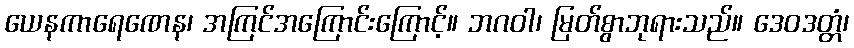
ယေနကာရေဏေန၊ အကြင်အကြောင်းကြောင့်။ ဘဂဝါ၊ မြတ်စွာဘုရားသည်။ ဒေဝဒတ္တံ၊